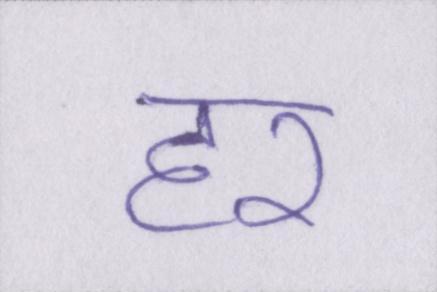
हर